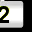
Digit: 2